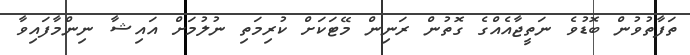
ތަފާތުވުން ބޮޑުވެ ނަތީޖާއެއްގެ ގޮތުން ރަނިން މޭޓަކަށް ކުރިމަތި ނުލުމަށް އައިޝާ ނިންމާފައިވާ